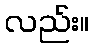
လည်း။